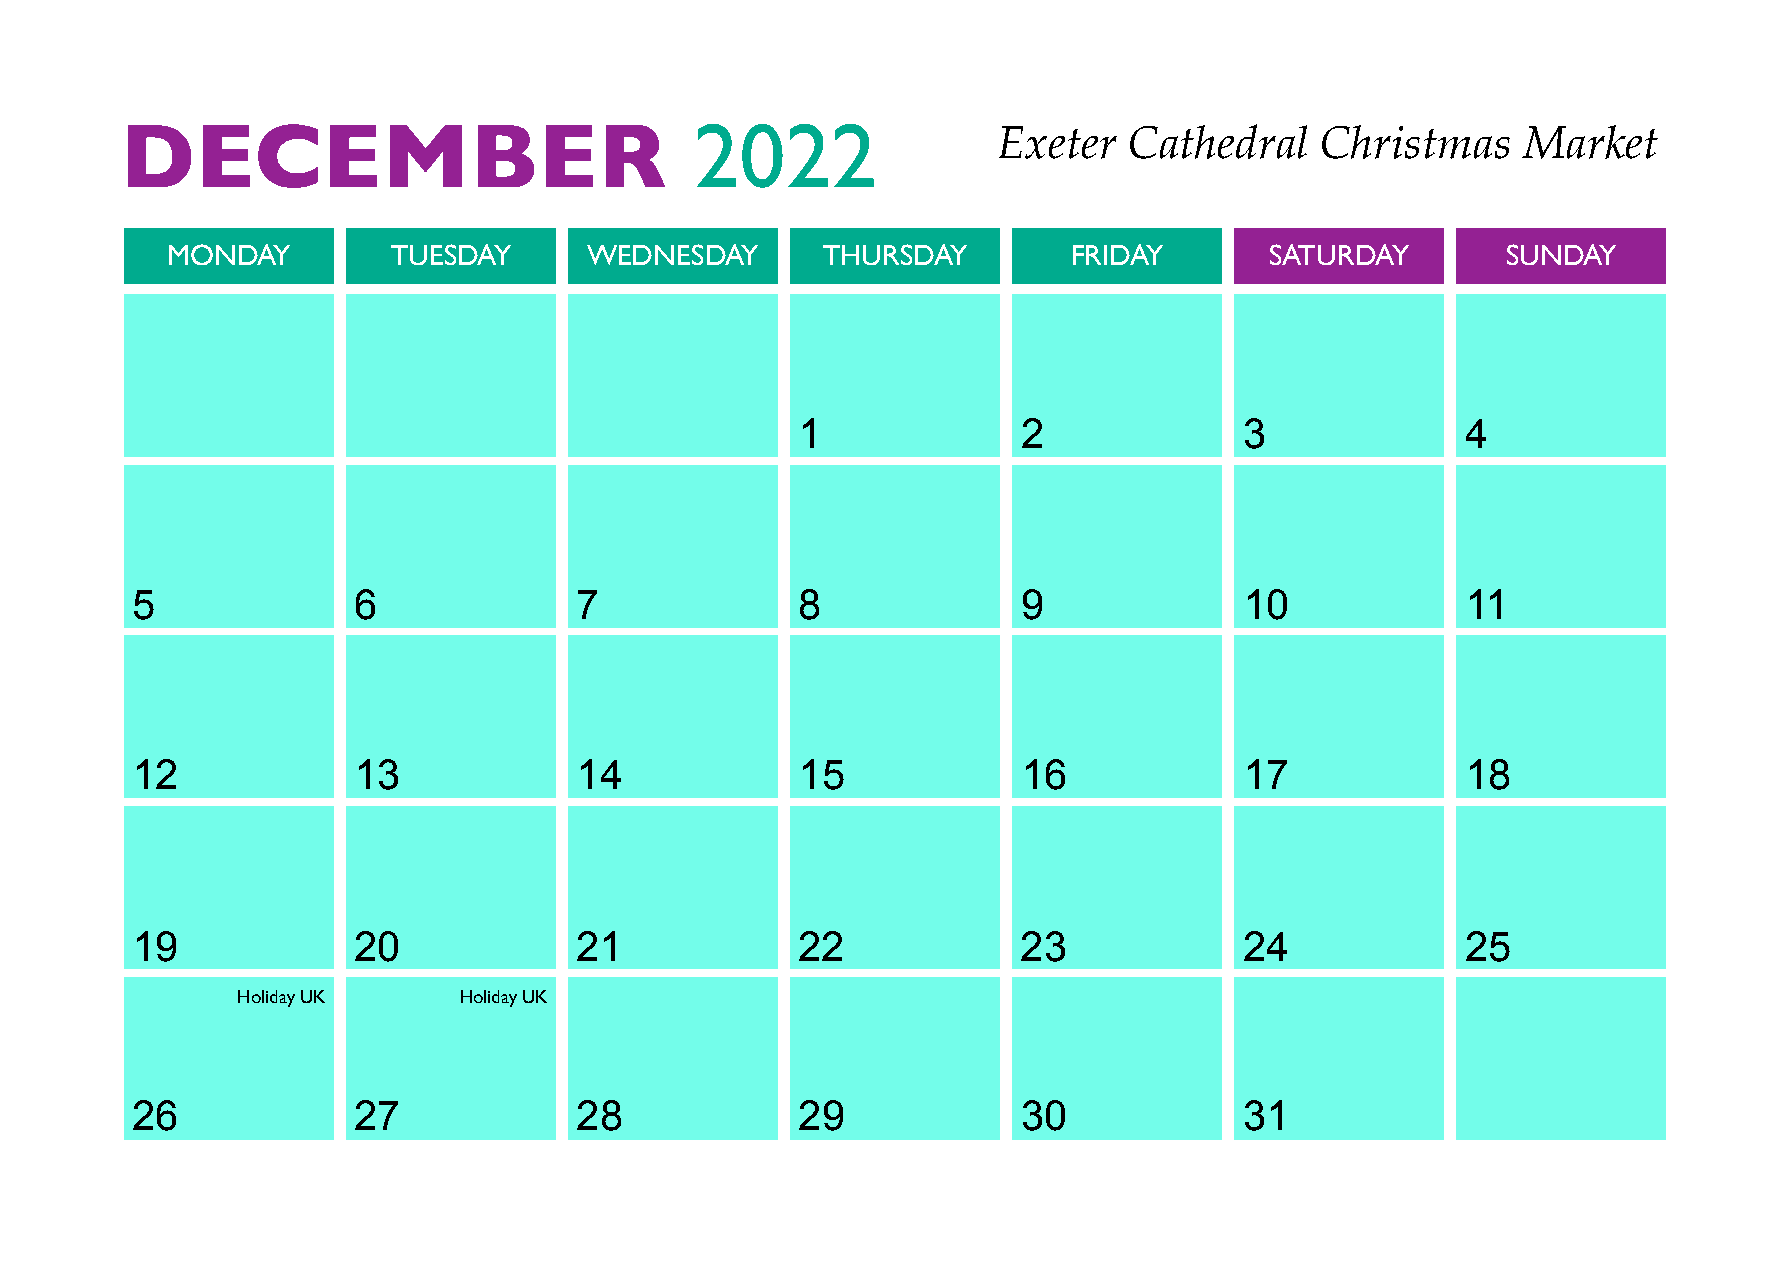
DECEMBER                              2022
 Exeter   Cathedral   Christmas     Market
 MONDAY         TUESDAY      WEDNESDAY      THURSDAY         FRIDAY       SATURDAY        SUNDAY
 1              2             3              4
 5             6              7              8              9             10             11
 12            13             14             15             16            17             18
 19            20             21             22             23            24             25
 Holiday UK    Holiday UK
 26            27             28             29             30            31